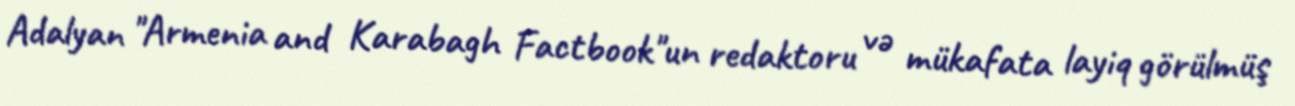
Adalyan "Armenia and Karabagh Factbook"un redaktoru və mükafata layiq görülmüş